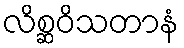
လိစ္ဆဝိသတာနံ